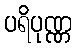
ပရိပုဏ္ဏ